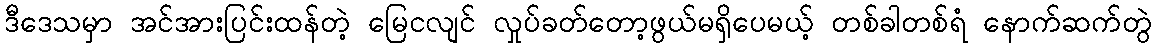
ဒီဒေသမှာ အင်အားပြင်းထန်တဲ့ မြေငလျင် လှုပ်ခတ်တော့ဖွယ်မရှိပေမယ့် တစ်ခါတစ်ရံ နောက်ဆက်တွဲ